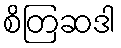
စိတြဆဒါ